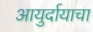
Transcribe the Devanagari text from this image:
आयुर्दायाचा